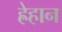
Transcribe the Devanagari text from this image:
ह्रेहान